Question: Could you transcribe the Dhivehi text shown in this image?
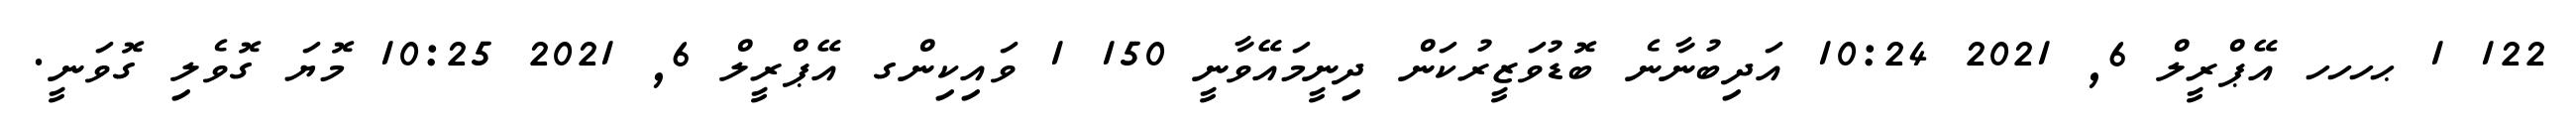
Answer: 122 1 ޙހހހ އޭޕްރީލް 6, 2021 10:24 އަދިބުނާނެ ބޮޑުވަޒީރުކަން ދިނީމައޭވާނީ 150 1 ވައިކިންގ އޭޕްރީލް 6, 2021 10:25 މޮޔަ ގޮވެލި ގޮވަނީ.